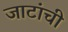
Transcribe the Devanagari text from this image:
जाटांची